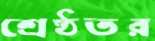
শ্রেষ্ঠতর